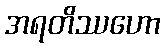
အရတိဿဟော